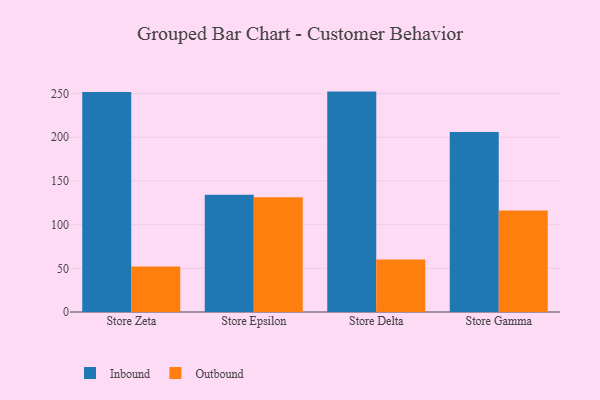
{"axis": {"x": "Store", "y": "Population (Million)"}, "legend": ["Inbound", "Outbound"], "data": [{"x": "Store Zeta", "y": 251.6, "type": "Inbound"}, {"x": "Store Zeta", "y": 52.0, "type": "Outbound"}, {"x": "Store Epsilon", "y": 134.3, "type": "Inbound"}, {"x": "Store Epsilon", "y": 131.3, "type": "Outbound"}, {"x": "Store Delta", "y": 252.2, "type": "Inbound"}, {"x": "Store Delta", "y": 60.0, "type": "Outbound"}, {"x": "Store Gamma", "y": 206.1, "type": "Inbound"}, {"x": "Store Gamma", "y": 116.1, "type": "Outbound"}]}